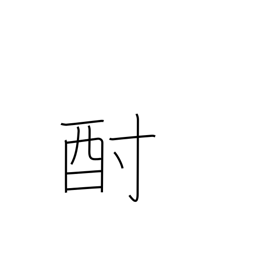
Meaning: sake